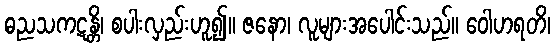
ဓညသကဋန္တိ၊ စပါးလှည်းဟူ၍။ ဇနော၊ လူများအပေါင်းသည်။ ဝေါဟရတိ၊